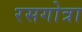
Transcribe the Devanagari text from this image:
रसगोत्रा